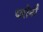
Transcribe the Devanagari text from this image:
धरोनी